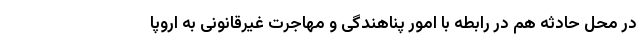
در محل حادثه هم در رابطه با امور پناهندگی و مهاجرت غیرقانونی به اروپا